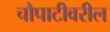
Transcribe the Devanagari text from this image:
चौपाटीवरील